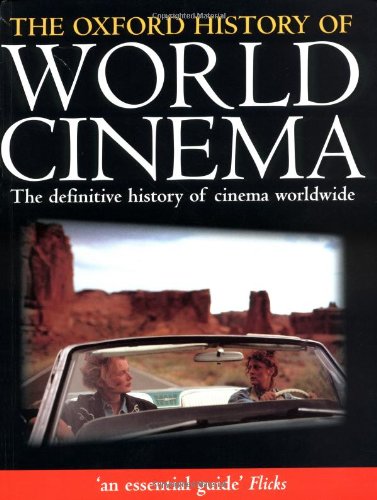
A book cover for The Oxford History of World Cinema; Humor & Entertainment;